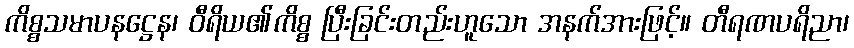
ကိစ္စသမာပနဋ္ဌေန၊ ဝီရိယ၏ကိစ္စ ပြီးခြင်းတည်းဟူသော အနက်အားဖြင့်။ တီရဏပရိညာ၊